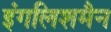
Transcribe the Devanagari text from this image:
इंगलिशमैन